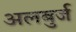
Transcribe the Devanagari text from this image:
अलबुर्ज